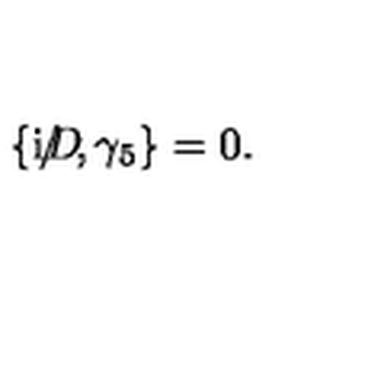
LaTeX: \{ \mathrm { i } D \! \llap { / } , \gamma _ { 5 } \} = 0 .